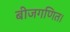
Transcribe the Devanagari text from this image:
बीजगणित।